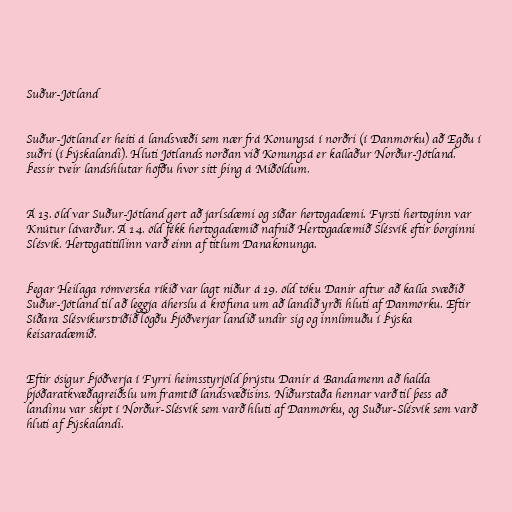
Suður-Jótland

Suður-Jótland er heiti á landsvæði sem nær frá Konungsá í norðri (í Danmörku) að Egðu í
suðri (í Þýskalandi). Hluti Jótlands norðan við Konungsá er kallaður Norður-Jótland.
Þessir tveir landshlutar höfðu hvor sitt þing á Miðöldum.

Á 13. öld var Suður-Jótland gert að jarlsdæmi og síðar hertogadæmi. Fyrsti hertoginn var
Knútur lávarður. Á 14. öld fékk hertogadæmið nafnið Hertogadæmið Slésvík eftir borginni
Slésvík. Hertogatitillinn varð einn af titlum Danakonunga.

Þegar Heilaga rómverska ríkið var lagt niður á 19. öld tóku Danir aftur að kalla svæðið
Suður-Jótland til að leggja áherslu á kröfuna um að landið yrði hluti af Danmörku. Eftir
Síðara Slésvíkurstríðið lögðu Þjóðverjar landið undir sig og innlimuðu í Þýska
keisaradæmið.

Eftir ósigur Þjóðverja í Fyrri heimsstyrjöld þrýstu Danir á Bandamenn að halda
þjóðaratkvæðagreiðslu um framtíð landsvæðisins. Niðurstaða hennar varð til þess að
landinu var skipt í Norður-Slésvík sem varð hluti af Danmörku, og Suður-Slésvík sem varð
hluti af Þýskalandi.